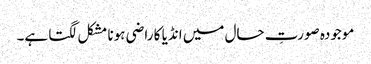
موجودہ صورتِ حال میں انڈیا کا راضی ہونا مشکل لگتا ہے۔